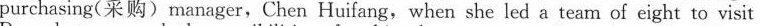
purchasing(采购)manager,Chen Huifang, when she led a team of eight to visit